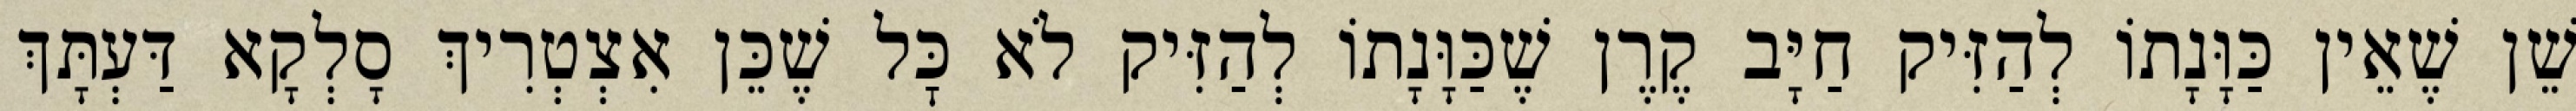
שֵׁן שֶׁאֵין כַּוָּנָתוֹ לְהַזִּיק חַיָּב קֶרֶן שֶׁכַּוָּנָתוֹ לְהַזִּיק לֹא כׇּל שֶׁכֵּן אִצְטְרִיךְ סָלְקָא דַּעְתָּךְ